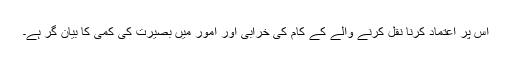
اس پر اعتماد کرنا نقل کرنے والے کے کام کی خرابی اور امور میں بصیرت کی کمی کا بیان گر ہے۔